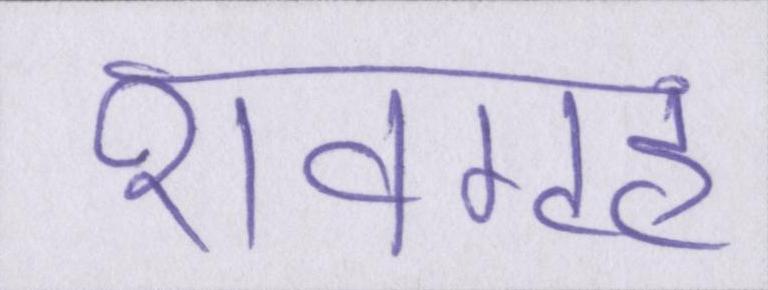
शवगृह